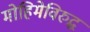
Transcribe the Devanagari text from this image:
मोहिमेविरुद्ध